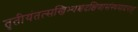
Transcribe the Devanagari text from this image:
तृतीयंतत्सखिभ्यश्चदक्षिणासंस्थमादरात्